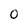
Character: 0